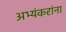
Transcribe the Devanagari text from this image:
अभ्यंकरांना